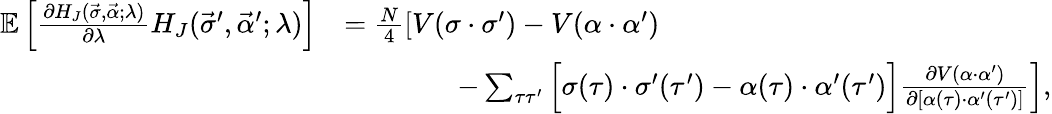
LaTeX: \begin{array}{rl}{\mathbb{E}\left[\frac{\partial H_{J}(\vec{\sigma},\vec{\alpha};\lambda)}{\partial\lambda}H_{J}(\vec{\sigma}^{\prime},\vec{\alpha}^{\prime};\lambda)\right]}&{=\frac{N}{4}\left[\vphantom{\sum_{\tau\tau^{\prime}}}V(\sigma\cdot\sigma^{\prime})-V(\alpha\cdot\alpha^{\prime})\right.}\\ &{\qquad\qquad\left.-\sum_{\tau\tau^{\prime}}\Big[\sigma(\tau)\cdot\sigma^{\prime}(\tau^{\prime})-\alpha(\tau)\cdot\alpha^{\prime}(\tau^{\prime})\Big]\frac{\partial V(\alpha\cdot\alpha^{\prime})}{\partial[\alpha(\tau)\cdot\alpha^{\prime}(\tau^{\prime})]}\right],}\end{array}